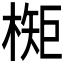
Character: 𬄃